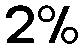
2%